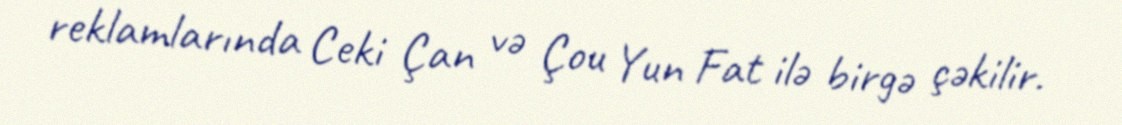
reklamlarında Ceki Çan və Çou Yun Fat ilə birgə çəkilir.